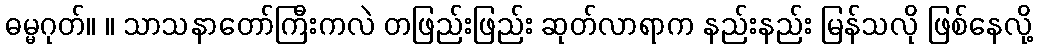
ဓမ္မဂုတ်။ ။ သာသနာတော်ကြီးကလဲ တဖြည်းဖြည်း ဆုတ်လာရာက နည်းနည်း မြန်သလို ဖြစ်နေလို့